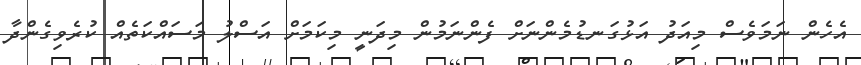
އެހެން ނަމަވެސް މިއަދު އަޅުގަނޑުމެންނަށް ފެންނަމުން މިދަނީ މިކަމަށް އަސްލު މަސައްކަތެއް ކުރެވިގެންދާ